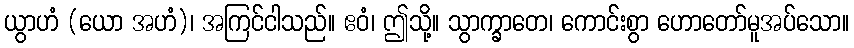
ယွာဟံ (ယော အဟံ)၊ အကြင်ငါသည်။ ဧဝံ၊ ဤသို့။ သွာက္ခာတေ၊ ကောင်းစွာ ဟောတော်မူအပ်သော။